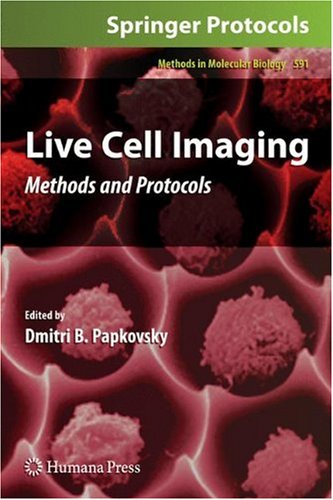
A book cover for Live Cell Imaging: Methods and Protocols (Methods in Molecular Biology); Science & Math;